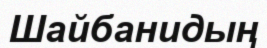
Шайбанидың